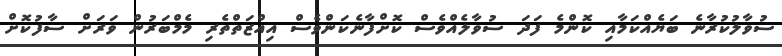
ސުވާލުކުރާނެ ބަޔެއްކަމާއި ކޮންމެ ފަދަ ސުވާލެއްވެސް ކޮށްފާނެކަންވެސް އިއްޒަތްތެރި މެމްބަރުން ވަރަށް ސާފުކޮށް